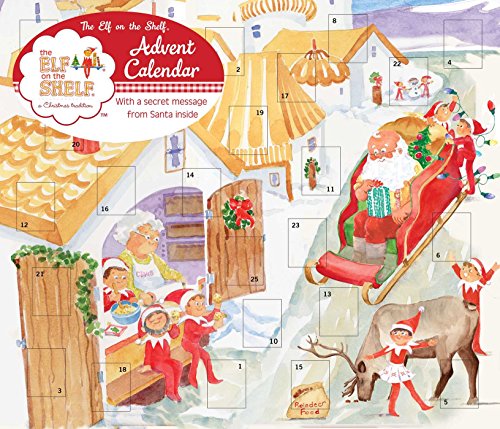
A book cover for The Elf on the Shelf Advent Calendar; Universe Publishing; Christian Books & Bibles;